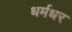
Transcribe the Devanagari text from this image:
धर्मधर